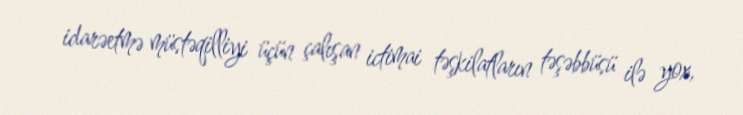
idarəetmə müstəqilliyi üçün çalışan ictimai təşkilatların təşəbbüsü ilə yox,